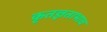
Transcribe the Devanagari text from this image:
कृतज्ञताभाव